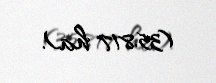
(35.817 ha).